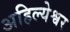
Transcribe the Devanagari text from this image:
अहिल्येश्वर